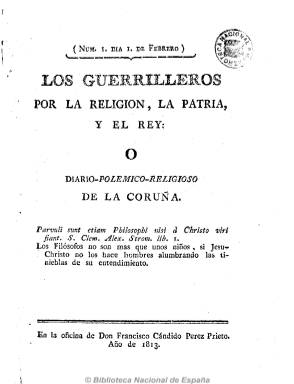
Título: Los Guerrilleros por la religión, la patria y el rey o Diario-polémico-religioso de La Coruña
Otros títulos: Los Guerrilleros por la religión, la patria y el rey o Diario polémico religioso de La Coruña || Diario-polémico-religioso de La Coruña
Colección: Periódicos anteriores a 1850
Ámbito geográfico: La Coruña
Lugar de publicación: La Coruña
Fechas: 01/01/1813-31/12/1813

Periódico contrario a la reforma y de tendencia absolutista, defensor del catolicismo, y dirigido a los “religiosos patriotas”, a los que llama a ser “religiosos-guerrilleros”. Contiene extensos artículos político-religiosos, alguno de ellos dialogado, y según Checa Godoy, su carácter es “muy doctrinal, de lenguaje confuso, lleno de citas bíblicas y sin noticias”. Fue fundado, dirigido y redactado por el dominico fray Nicolás de Castro y el mercedario fray Manuel Martínez Ferro (1774-1827), que lideró al sector clerical más reaccionario de La Coruña durante el periodo doceañista y al que Fernando VII premió posteriormente nombrándole consejero de la Inquisición y más tarde obispo de Málaga. Colabora también fray Nicolás de Santa María.

Empezó a publicarse el uno de febrero de 1813, y en opinión de Santos Gayoso quizá para sustituir la suspensión del también servil Diario de La Coruña a la Aurora, en el que también escribía Martínez Ferro. Sólo su primer número está fechado, y es muy probable que dejara de ser diario al segundo mes de su aparición, que lo hizo en números de cuatro páginas y foliación continuada, para después aumentar sus números a ocho páginas.

Durante el primer mes (hasta su número 29) fue impreso en la Oficina de Francisco Cándido Pérez Prieto. En la primera quincena de marzo (números 30 y 31) en la de Antonio Rodríguez, y seguidamente en la del Exacto Correo de España en La Coruña, que estampaba el también servil periódico de este título. Quizá estuvo publicándose hasta 1814.